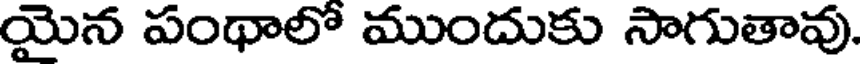
యైన పంథాలో ముందుకు సాగుతావు.